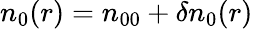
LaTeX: n_{0}(r)=n_{00}+\delta n_{0}(r)